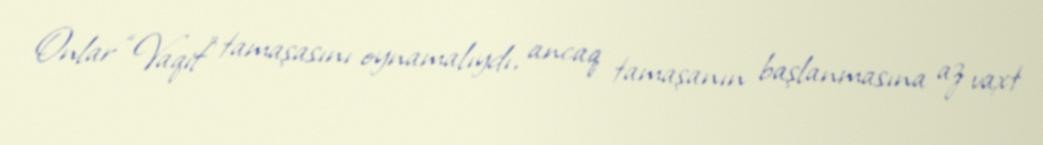
Onlar “Vaqif” tamaşasını oynamalıydı, ancaq tamaşanın başlanmasına az vaxt